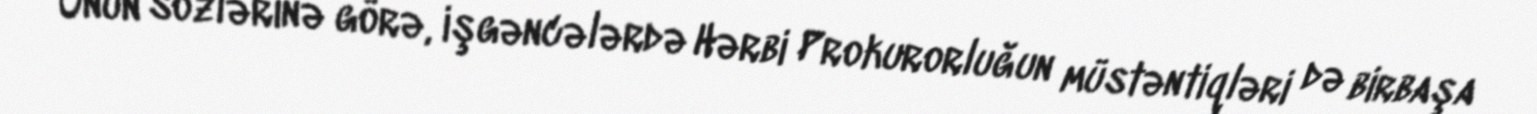
Onun sözlərinə görə, işgəncələrdə Hərbi Prokurorluğun müstəntiqləri də birbaşa